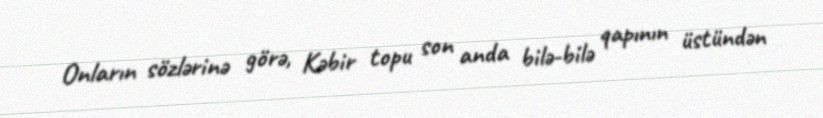
Onların sözlərinə görə, Kəbir topu son anda bilə-bilə qapının üstündən